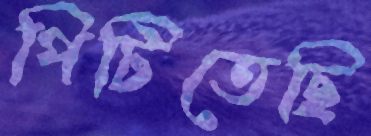
পিটিতেছি